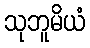
သုဘူမိယံ